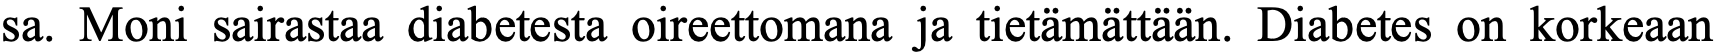
sa. Moni sairastaa diabetesta oireettomana ja tietämättään. Diabetes on korkeaan